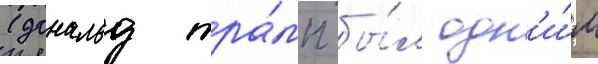
(дональд тра́мп бы́л одн'и́м